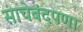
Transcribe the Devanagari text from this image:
साचेबंदपणा